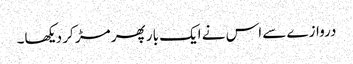
دروازے سے اس نے ایک بار پھر مڑ کر دیکھا۔